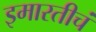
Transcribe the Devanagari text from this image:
इमारतीचं